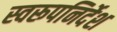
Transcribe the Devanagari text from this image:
स्वरूपनिर्देश